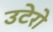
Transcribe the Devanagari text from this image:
उटेरो